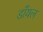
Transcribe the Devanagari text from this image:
डाँयल